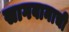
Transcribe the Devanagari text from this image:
सागवानाची